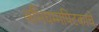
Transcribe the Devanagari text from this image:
अभिधम्मपिटकाचे